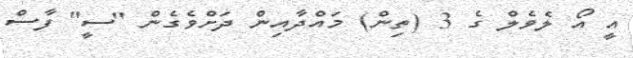
އީ އޯ ލެވެލް ގެ 3 (ތިން) މައްދާއިން ދަށްވެގެން "ސީ" ފާސް